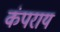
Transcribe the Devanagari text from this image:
कंपराय